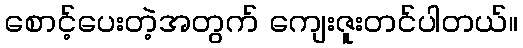
စောင့်ပေးတဲ့အတွက် ကျေးဇူးတင်ပါတယ်။